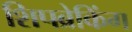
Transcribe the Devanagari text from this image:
शिपब्रेकिंग